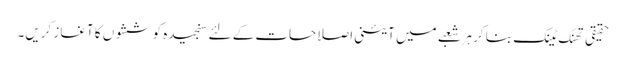
حقیقی تھنک ٹینک بنا کر ہر شعبے میں آئینی اصلاحات کے لئے سنجیدہ کوششوں کا آغاز کریں۔